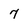
Character: 7